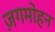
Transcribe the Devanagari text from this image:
ज़गमोहन